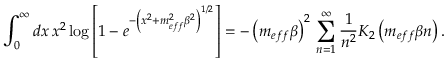
\int _ { 0 } ^ { \infty } d x \, x ^ { 2 } \log \left[ 1 - e ^ { - \left( x ^ { 2 } + m _ { e f f } ^ { 2 } \beta ^ { 2 } \right) ^ { 1 / 2 } } \right] = - \left( m _ { e f f } \beta \right) ^ { 2 } \, \sum _ { n = 1 } ^ { \infty } \frac { 1 } { n ^ { 2 } } K _ { 2 } \left( m _ { e f f } \beta n \right) .